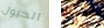
الخيول غفرت